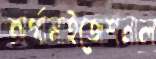
অর্গানাইজেশনাল